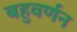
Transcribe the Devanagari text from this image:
बहुवर्णन